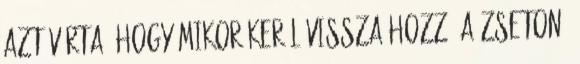
azt várta, hogy mikor kerül vissza hozzá a zseton.